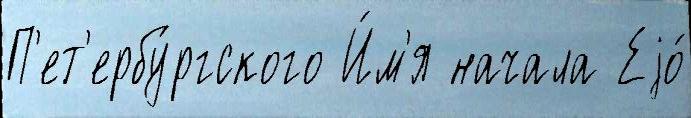
П'ет'ербу́ргского И́м'я начала Еjо́